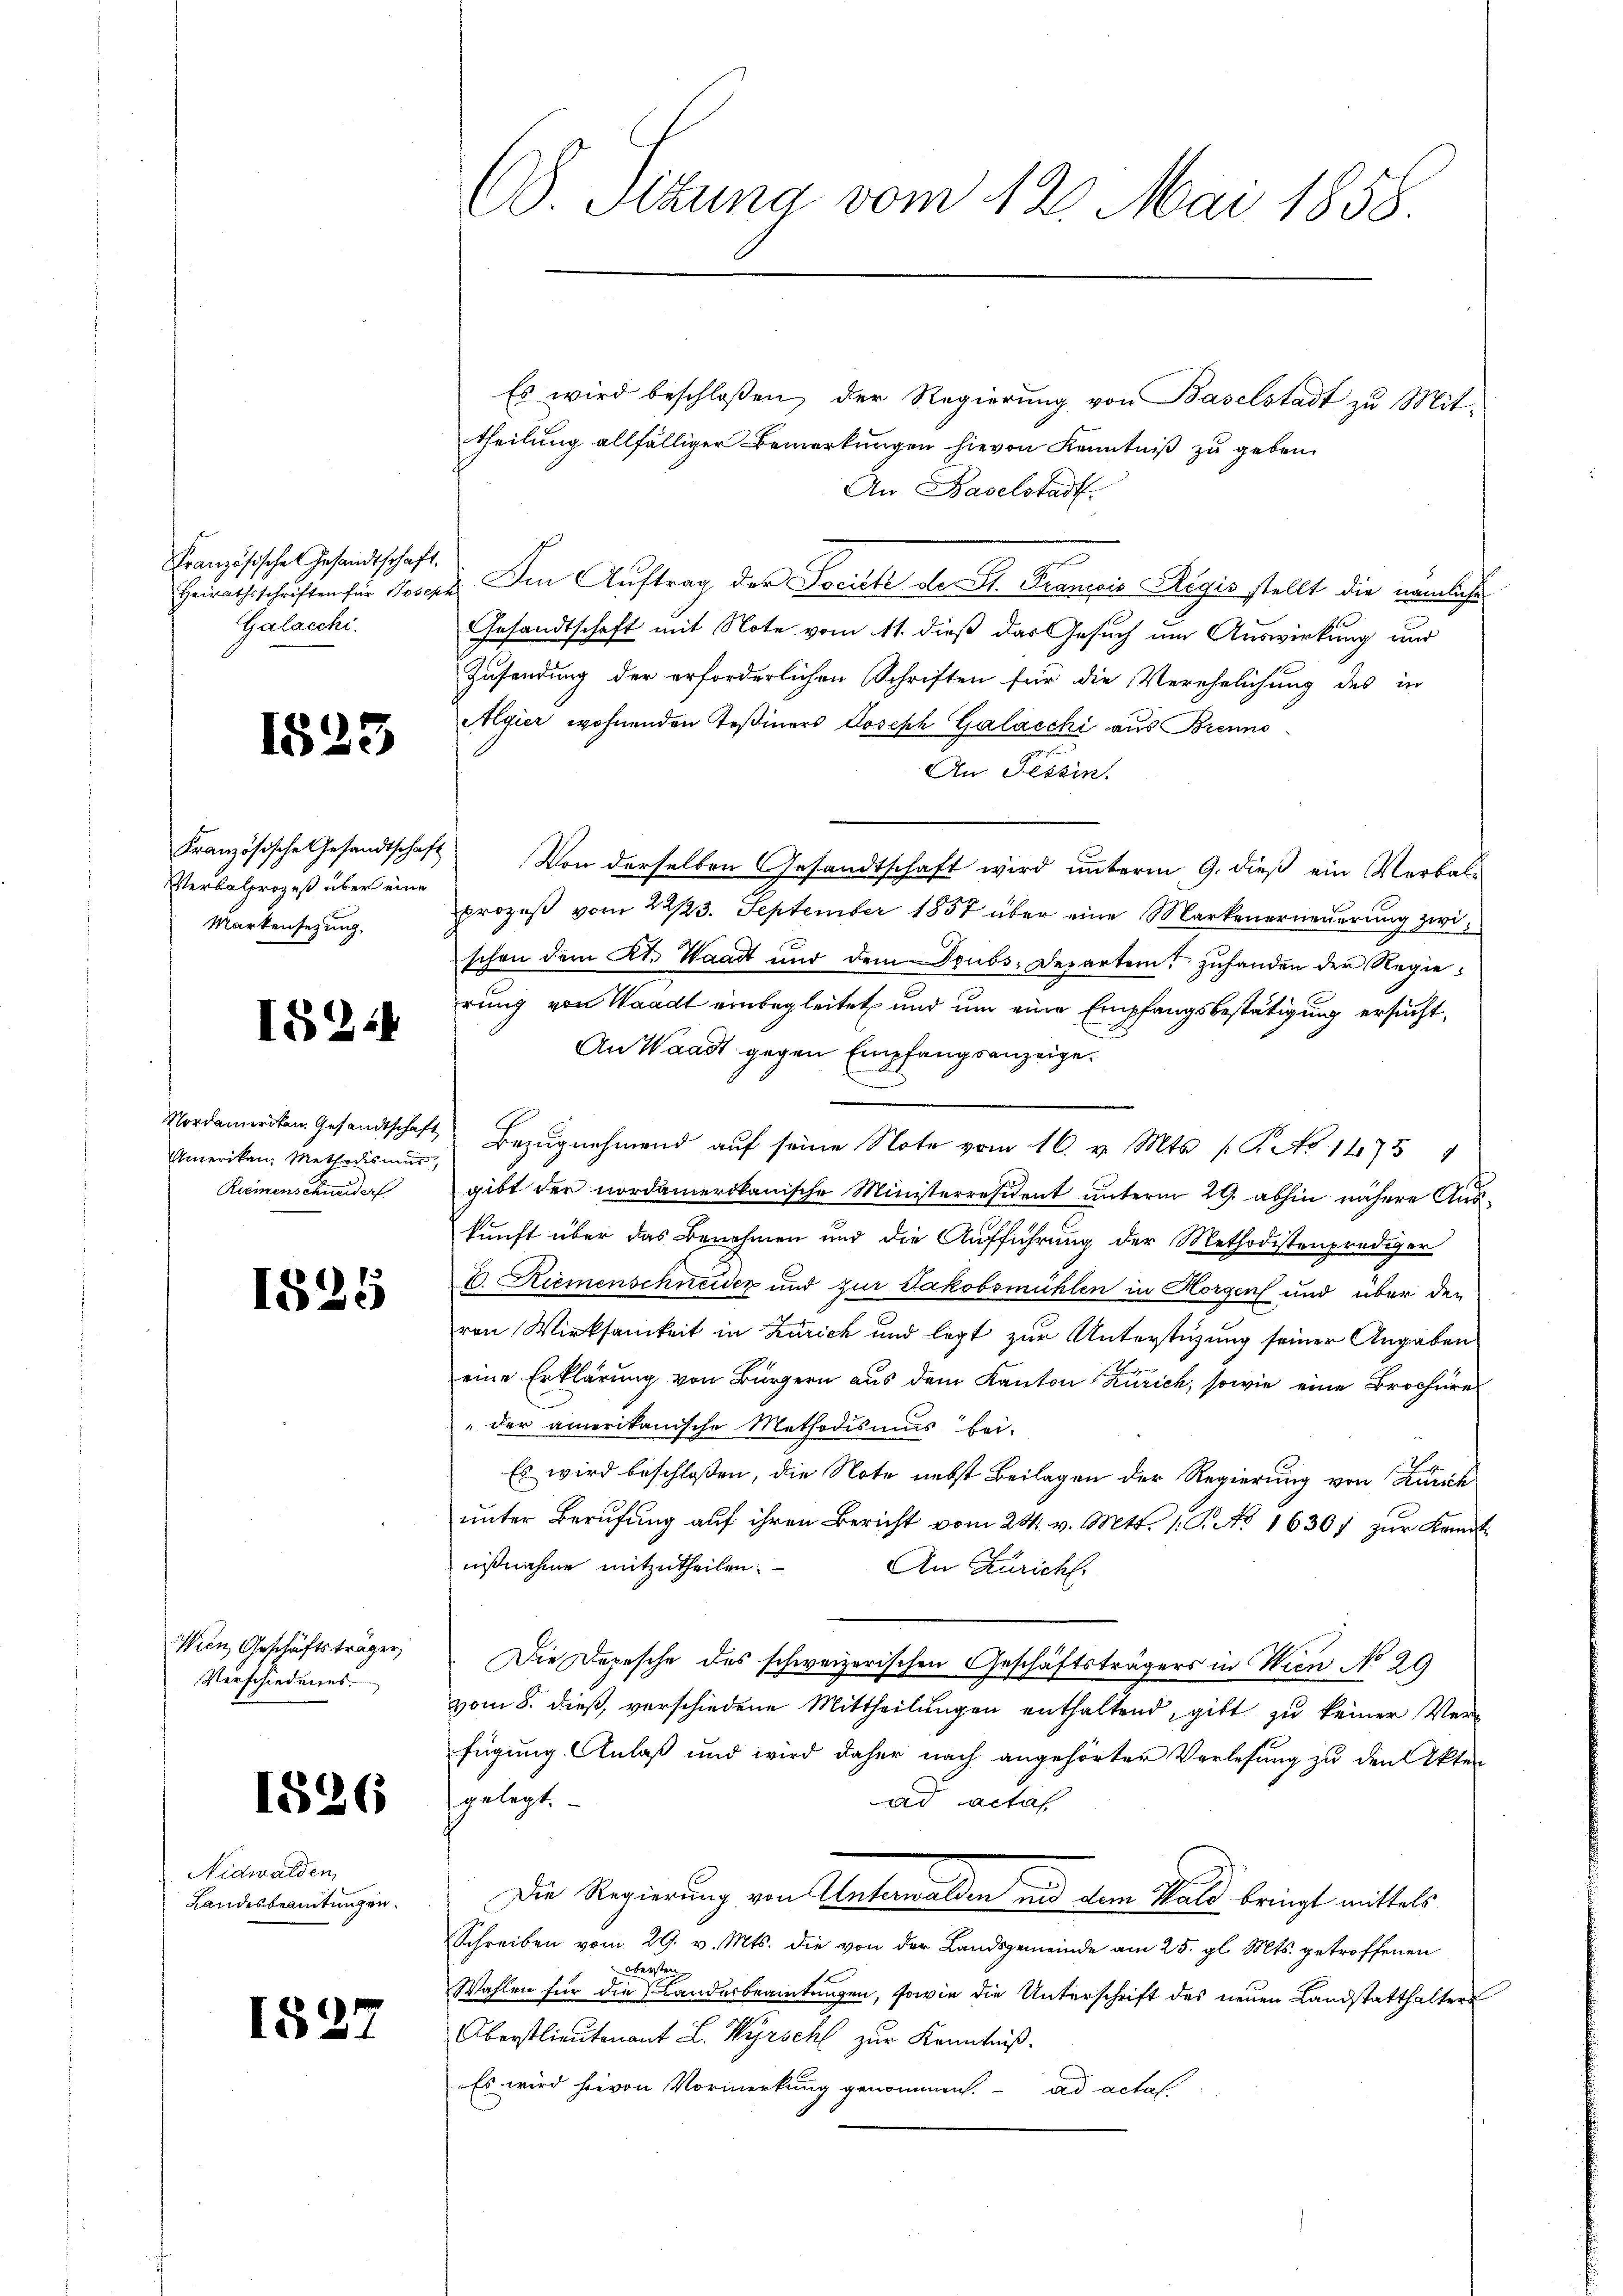
Französische Gesandtschaft.
Heirathsschriften für Josep
Galacchi.

1823

Französische Gesandtschaft
Verbalprozeß über eine
Markensetzung,

1824

Nordameriten Gesandtschaft,
Amerikan, Methodismus
Reinenschweider

1825

Wien Geschäftsträger
Verschiedungs-

18

Nidwalden,
Landesbeamtungen.

189

6

7

CV. Setzung vom 12. Mai 1858.

Es wird beschloßen, der Regierung von Baselstadt zu Mit-
theilung allfälliger Bemerkungen hievon Kenntniß zu geben.
An Baselstadt.
 Im Auftrag der Société de St. Francis Regis stellt die nämliche
Gesandtschaft mit Note vom 11. dieß das Gesuch um Auswirkung und
Zusendung der erforderlichen Schriften für die Verehelichung des in
Algier wohnenden Teßiners Joseph Galacchi aus Brenno
An Tessin.
Von derselben Gesandtschaft wird unterm 9. dieß ein Verbal¬
Prozeß vom 22/23. September 1857 über eine Markenerneuerung zwi
schon dem Kt. Waadt und dem Trubs Departem Zuhanden der Regierung von Waadt einbegleitet und um eine Empfangsbestätigung ersucht,
An Waadt gegen Empfangsanzeige.
Bezŭgnehmend auf seine Note vom 16. v. Mts. (T. No 14754
gibt der nordamerikanische Ministerresident unterm 29. abhin nähere Aus-
kunft über das Benehmen und die Aufführung der Methodistenprediger
E. Riemenschneider und zur Jakobsmühlen in Horgen und über den
von Wirksamkeit in Zürich und legt zur Unterstüzung seiner Angaben
eine Erklärung von Bürgern aus dem Kanton Zürich, sowie eine Brochüre
"der amerikanische Methodismus bei.
Es wird beschloßen, die Note nebst Beilagen der Regierung von Zürich
ŭnter Berufung auf ihren Bericht vom 24. v. Mts. 1. P. Nr. 16307 zur Kant
nißnahme mitzutheilen.
An Züricht.
Die Depesche des schweizerischen Geschäftsträgers in Wien No 29
vom 8. dieß, verschiedene Mittheilungen enthaltend, gibt zu keiner Ver-
fügung Anlaß und wird daher nach angehörter Verlesung zu den Akten
gelegt.
ad acta
Die Regierung von Unterwalden und dem Wald bringt mittels
Schreiben vom 29. v. Mts. die von der Landsgemeinde am 25. gl. Mts. getroffenen
obersten
Wahlen für die Landesbeamtungen, sowie die Unterschrift des neuen Landstatthalters
Oberstlieutenant L. Kirschl zur Kenntniß.
Es wird hievon Vormerkung genommen. ad actat